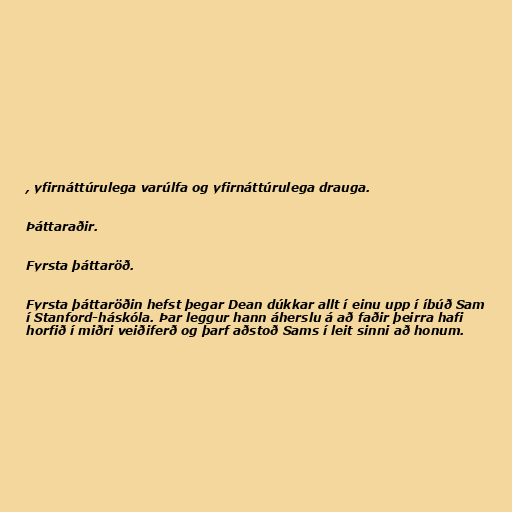
, yfirnáttúrulega varúlfa og yfirnáttúrulega drauga.

Þáttaraðir.

Fyrsta þáttaröð.

Fyrsta þáttaröðin hefst þegar Dean dúkkar allt í einu upp í íbúð Sam
í Stanford-háskóla. Þar leggur hann áherslu á að faðir þeirra hafi
horfið í miðri veiðiferð og þarf aðstoð Sams í leit sinni að honum.